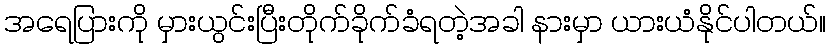
အရေပြားကို မှားယွင်းပြီးတိုက်ခိုက်ခံရတဲ့အခါ နားမှာ ယားယံနိုင်ပါတယ်။